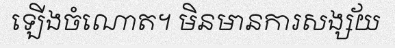
ឡើងចំណោត។ មិនមានការសង្ស័យ